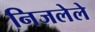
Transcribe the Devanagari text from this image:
निजलेले